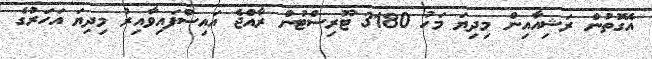
އެގޮތުން ރަޝިއާއިން މިދިޔަ މަހު 3180 ޓޫރިސްޓުން ރާއްޖެ އައިސްފައިވާއިރު މިދިޔަ އަހަރުގެ